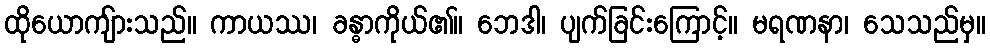
ထိုယောကျ်ားသည်။ ကာယဿ၊ ခန္ဓာကိုယ်၏။ ဘေဒါ၊ ပျက်ခြင်းကြောင့်။ မရဏနာ၊ သေသည်မှ။